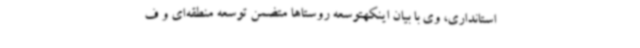
استانداری، وی با بیان اینکهتوسعه روستاها متضمن توسعه منطقه‌ای و ف